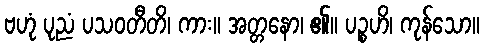
ဗဟုံ ပုညံ ပသဝတီတိ၊ ကား။ အတ္တနော၊ ၏။ ပဉ္စဟိ၊ ကုန်သော။